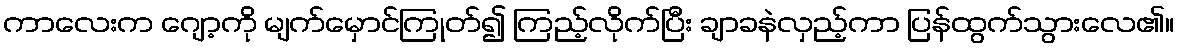
ကာလေးက ဂျော့ကို မျက်မှောင်ကြုတ်၍ ကြည့်လိုက်ပြီး ချာခနဲလှည့်ကာ ပြန်ထွက်သွားလေ၏။